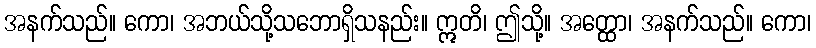
အနက်သည်။ ကော၊ အဘယ်သို့သဘောရှိသနည်း။ ဣတိ၊ ဤသို့။ အတ္ထော၊ အနက်သည်။ ကော၊